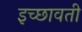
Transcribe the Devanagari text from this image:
इच्छावती